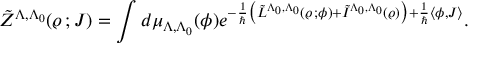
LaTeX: \tilde { Z } ^ { \Lambda , \Lambda _ { 0 } } ( \varrho \, ; J ) = \int d \mu _ { \Lambda , \Lambda _ { 0 } } ( \phi ) e ^ { - \frac { 1 } { \hbar } \bigl ( \tilde { L } ^ { \Lambda _ { 0 } , \Lambda _ { 0 } } ( \varrho \, ; \phi ) + \tilde { I } ^ { \Lambda _ { 0 } , \Lambda _ { 0 } } ( \varrho ) \bigr ) + \frac { 1 } { \hbar } \langle \phi , J \rangle } .